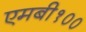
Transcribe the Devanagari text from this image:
एमबी१००